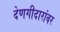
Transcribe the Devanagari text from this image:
देणगीदारांवर